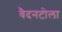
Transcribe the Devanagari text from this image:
वैदनटोला